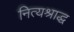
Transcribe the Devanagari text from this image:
नित्यश्राद्ध